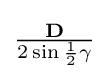
{\textstyle {\frac {\mathbf {D} }{2\sin {\frac {1}{2}}\gamma }}}